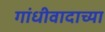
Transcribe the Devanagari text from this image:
गांधीवादाच्या